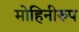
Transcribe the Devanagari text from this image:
मोहिनीरुप